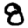
Digit: 8